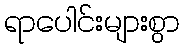
ရာပေါင်းများစွာ